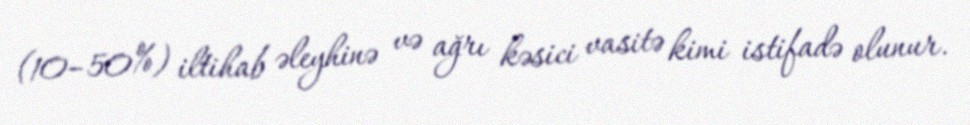
(10–50%) iltihab əleyhinə və ağrı kəsici vasitə kimi istifadə olunur.